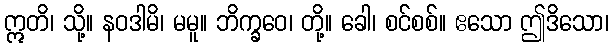
ဣတိ၊ သို့။ နဝဒါမိ၊ မမူ။ ဘိက္ခဝေ၊ တို့။ ခေါ၊ စင်စစ်။ ဧသော ဤဒိသော၊